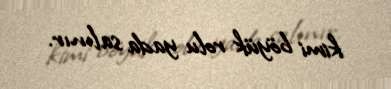
kimi böyük rolu yada salınır.